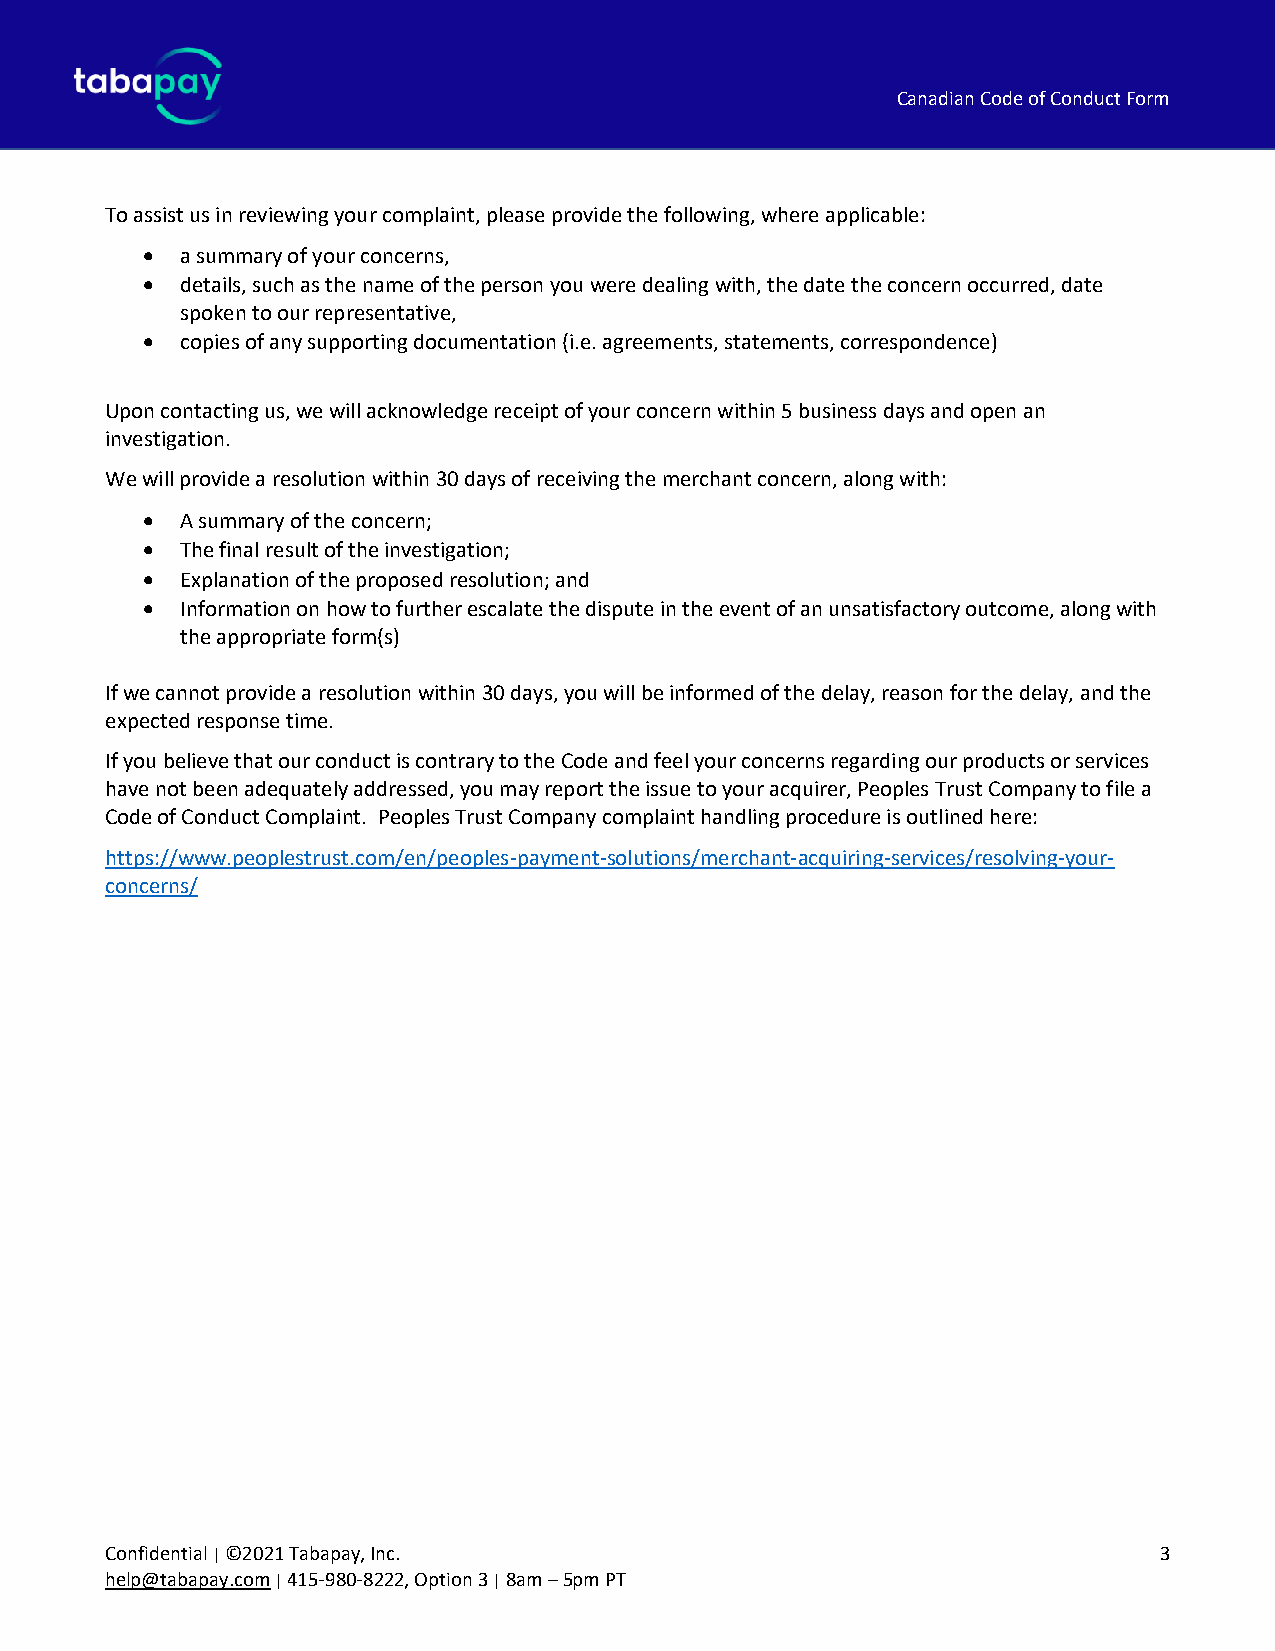
Canadian Code of Conduct Form
 To assist us in reviewing your complaint, please provide the following, where applicable:
 •  a summary of your concerns,
 •  details, such as the name of the person you were dealing with, the date the concern occurred, date
 spoken to our representative,
 •  copies of any supporting documentation (i.e. agreements, statements, correspondence)
 Upon contacting us, we will acknowledge receipt of your concern within 5 business days and open an
 investigation.
 We will provide a resolution within 30 days of receiving the merchant concern, along with:
 •  A summary of the concern;
 •  The final result of the investigation;
 •  Explanation of the proposed resolution; and
 •  Information on how to further escalate the dispute in the event of an unsatisfactory outcome, along with
 the appropriate form(s)
 If we cannot provide a resolution within 30 days, you will be informed of the delay, reason for the delay, and the
 expected response time.
 If you believe that our conduct is contrary to the Code and feel your concerns regarding our products or services
 have not been adequately addressed, you may report the issue to your acquirer, Peoples Trust Company to file a
 Code of Conduct Complaint. Peoples Trust Company complaint handling procedure is outlined here:
 https://www.peoplestrust.com/en/peoples-payment-solutions/merchant-acquiring-services/resolving-your-
 concerns/
 Confidential | ©2021 Tabapay, Inc.                                    3
 help@tabapay.com | 415-980-8222, Option 3 | 8am – 5pm PT